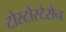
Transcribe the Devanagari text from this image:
टोस्टोस्टेरोन